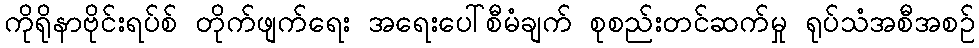
ကိုရိုနာဗိုင်းရပ်စ် တိုက်ဖျက်ရေး အရေးပေါ်စီမံချက် စုစည်းတင်ဆက်မှု ရုပ်သံအစီအစဉ်